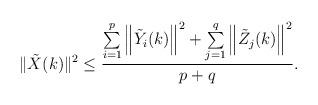
LaTeX: \begin{align*}\|\tilde{X}(k)\|^2 \leq\frac{\sum\limits_{i=1}^{p}\left\|\tilde{Y}_i(k)\right\|^2+\sum\limits_{j=1}^{q}\left\|\tilde{Z}_j(k)\right\|^2 }{p+q}.\end{align*}